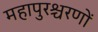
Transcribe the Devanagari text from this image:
महापुरश्चरणों